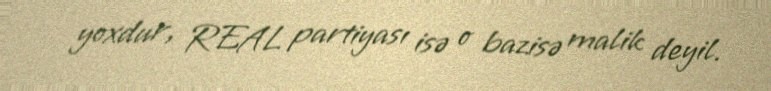
yoxdur, REAL partiyası isə o bazisə malik deyil.